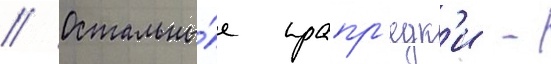
// Остальны́е прапр'едк'и -